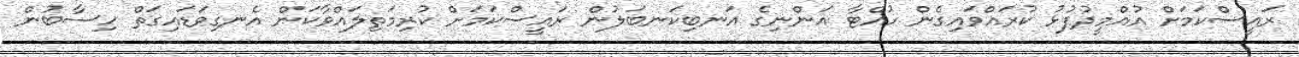
ރައީސްކަމަށް އުއްމީދުފުޅު ކުރައްވައިގެން ހުއްޓާ އަންނިގެ އަނބިކަނބަލުން ރައީސްކަމަށް ކުރިމަތިލައްވާކަން އެނގިވަޑައިގަތް ހިސާބުން